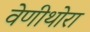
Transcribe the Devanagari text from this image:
वेणीथोरा